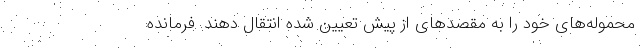
محموله‌های خود را به مقصدهای از پیش تعیین شده انتقال دهند. فرمانده